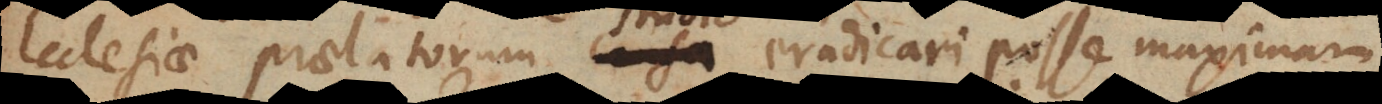
Ecclesiae praelatorum causa eradicari posse maximam